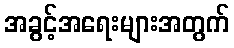
အခွင့်အရေးများအတွက်